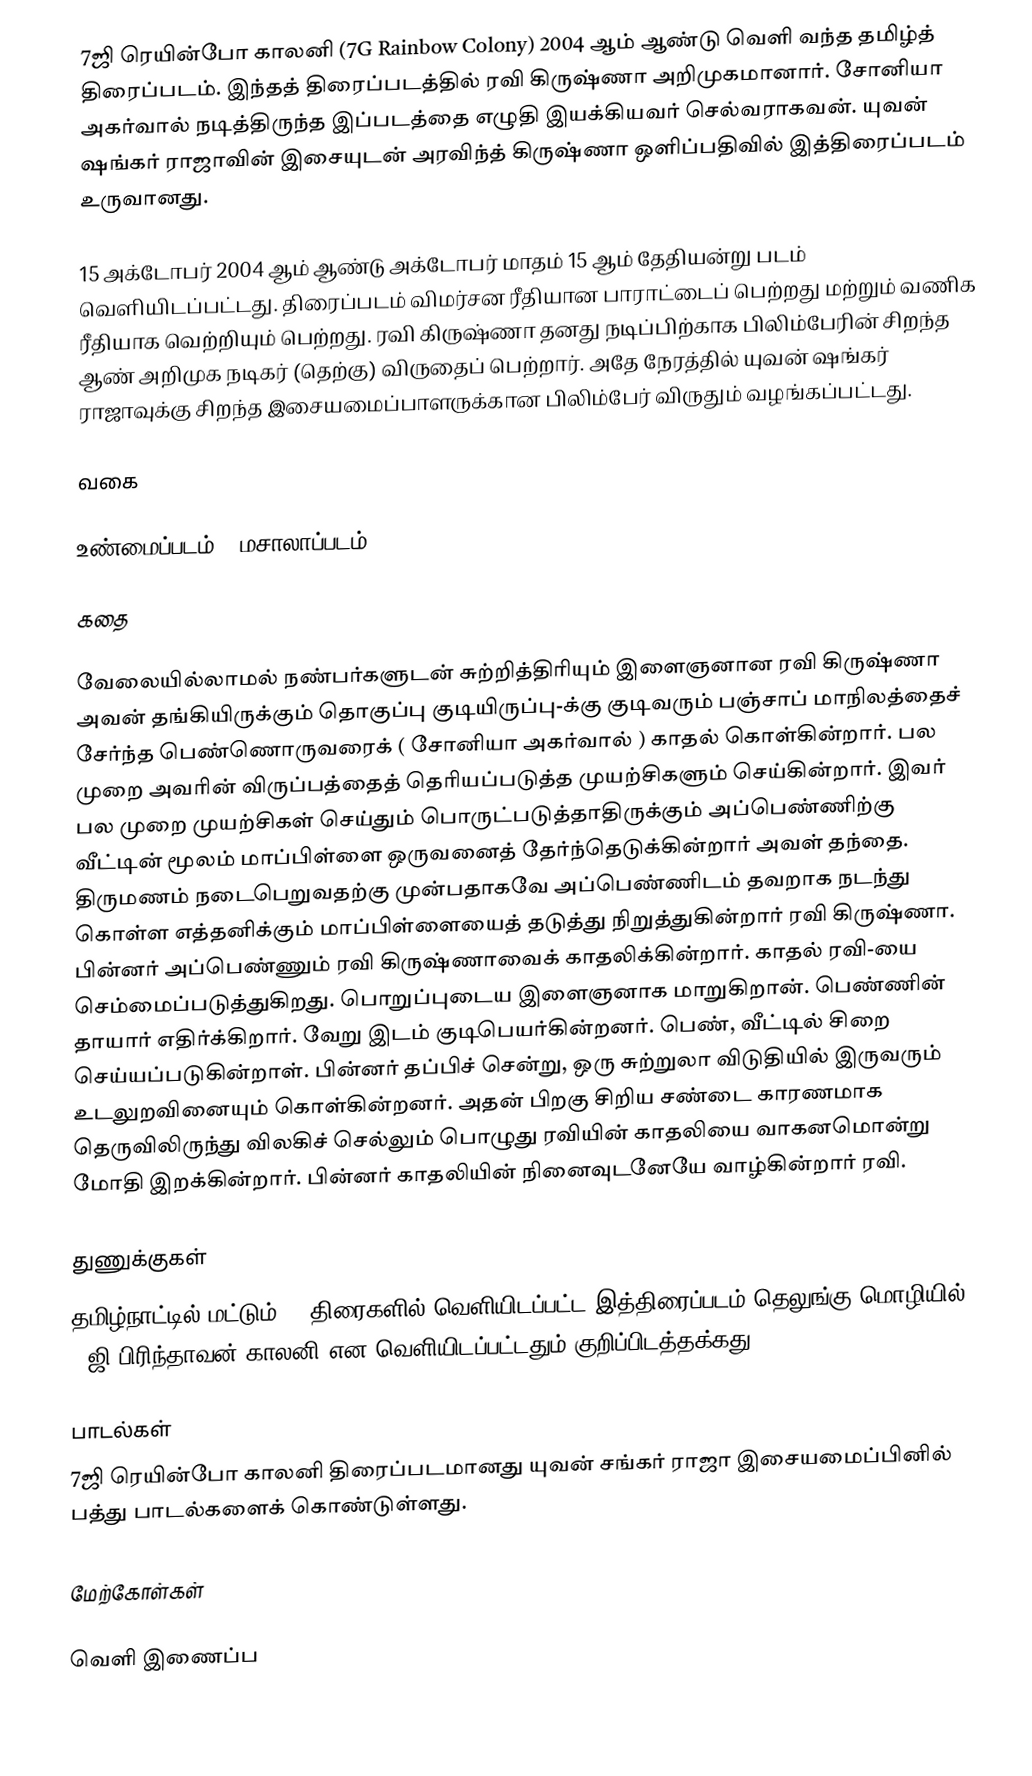
7ஜி ரெயின்போ காலனி (7G Rainbow Colony) 2004 ஆம் ஆண்டு வெளி வந்த தமிழ்த் திரைப்படம். இந்தத் திரைப்படத்தில்  ரவி கிருஷ்ணா அறிமுகமானார். சோனியா அகர்வால் நடித்திருந்த இப்படத்தை எழுதி இயக்கியவர் செல்வராகவன். யுவன் ஷங்கர் ராஜாவின் இசையுடன் அரவிந்த் கிருஷ்ணா ஒளிப்பதிவில் இத்திரைப்படம் உருவானது.

15 அக்டோபர் 2004 ஆம் ஆண்டு அக்டோபர் மாதம் 15 ஆம் தேதியன்று படம் வெளியிடப்பட்டது. திரைப்படம் விமர்சன ரீதியான பாராட்டைப் பெற்றது மற்றும் வணிக ரீதியாக வெற்றியும் பெற்றது. ரவி கிருஷ்ணா தனது நடிப்பிற்காக பிலிம்பேரின் சிறந்த ஆண் அறிமுக நடிகர் (தெற்கு) விருதைப் பெற்றார். அதே நேரத்தில் யுவன் ஷங்கர் ராஜாவுக்கு சிறந்த இசையமைப்பாளருக்கான பிலிம்பேர் விருதும் வழங்கப்பட்டது.

வகை

உண்மைப்படம் / மசாலாப்படம்

கதை

வேலையில்லாமல் நண்பர்களுடன் சுற்றித்திரியும் இளைஞனான ரவி கிருஷ்ணா அவன் தங்கியிருக்கும் தொகுப்பு குடியிருப்பு-க்கு குடிவரும் பஞ்சாப் மாநிலத்தைச் சேர்ந்த பெண்ணொருவரைக் ( சோனியா அகர்வால் ) காதல் கொள்கின்றார். பல முறை அவரின் விருப்பத்தைத் தெரியப்படுத்த முயற்சிகளும் செய்கின்றார். இவர் பல முறை முயற்சிகள் செய்தும் பொருட்படுத்தாதிருக்கும் அப்பெண்ணிற்கு வீட்டின் மூலம் மாப்பிள்ளை ஒருவனைத் தேர்ந்தெடுக்கின்றார் அவள் தந்தை. திருமணம் நடைபெறுவதற்கு முன்பதாகவே அப்பெண்ணிடம் தவறாக நடந்து கொள்ள எத்தனிக்கும் மாப்பிள்ளையைத் தடுத்து நிறுத்துகின்றார் ரவி கிருஷ்ணா. பின்னர் அப்பெண்ணும் ரவி கிருஷ்ணாவைக் காதலிக்கின்றார். காதல் ரவி-யை செம்மைப்படுத்துகிறது. பொறுப்புடைய இளைஞனாக மாறுகிறான். பெண்ணின் தாயார் எதிர்க்கிறார். வேறு இடம் குடிபெயர்கின்றனர். பெண், வீட்டில்  சிறை செய்யப்படுகின்றாள். பின்னர் தப்பிச் சென்று, ஒரு சுற்றுலா விடுதியில் இருவரும் உடலுறவினையும் கொள்கின்றனர். அதன் பிறகு சிறிய சண்டை காரணமாக தெருவிலிருந்து விலகிச் செல்லும் பொழுது ரவியின் காதலியை வாகனமொன்று மோதி இறக்கின்றார். பின்னர் காதலியின் நினைவுடனேயே வாழ்கின்றார் ரவி.

துணுக்குகள்
தமிழ்நாட்டில் மட்டும் 92 திரைகளில் வெளியிடப்பட்ட இத்திரைப்படம் தெலுங்கு மொழியில் 7 ஜி பிரிந்தாவன் காலனி என வெளியிடப்பட்டதும் குறிப்பிடத்தக்கது.

பாடல்கள்
7ஜி ரெயின்போ காலனி திரைப்படமானது யுவன் சங்கர் ராஜா இசையமைப்பினில் பத்து பாடல்களைக் கொண்டுள்ளது.

மேற்கோள்கள்

வெளி இணைப்ப